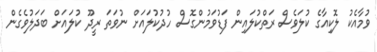
ވުމާއެކު ލޮކިއާގެ ކުލަވެސް ރަތްކުލައިން ފަޑުވަމުންގޮސް ހުދުކުލައަށް ނުވަތަ ރީދޫ ކުލައަށް ބަދަލުވެގެން